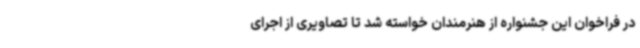
در فراخوان این جشنواره از هنرمندان خواسته شد تا تصاویری از اجرای